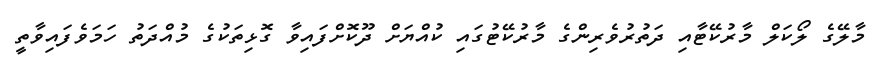
މާލޭގެ ލޯކަލް މާރުކޭޓާއި ދަތުރުވެރިންގެ މާރުކޭޓުގައި ކުއްޔަށް ދޫކޮށްފައިވާ ގޮޅިތަކުގެ މުއްދަތު ހަމަވެފައިވާތީ